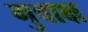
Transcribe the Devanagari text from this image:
गुवाक्ष